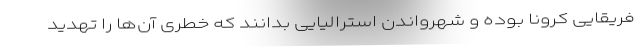
فریقایی کرونا بوده و شهرواندن استرالیایی بدانند که خطری آن‌ها را تهدید